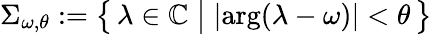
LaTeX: \Sigma_{\omega,\theta}:=\big\{ \, \lambda\in\mathbb{C}\; \big\vert\; |\mathrm{arg}(\lambda-\omega)|<\theta\, \big\}